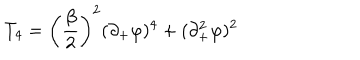
LaTeX: T _ { 4 } = \left( \frac { \beta } { 2 } \right) ^ { 2 } ( \partial _ { + } \varphi ) ^ { 4 } + ( \partial _ { + } ^ { 2 } \varphi ) ^ { 2 }